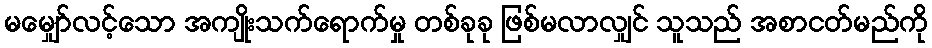
မမျှော်လင့်သော အကျိုးသက်ရောက်မှု တစ်ခုခု ဖြစ်မလာလျှင် သူသည် အစာငတ်မည်ကို